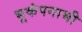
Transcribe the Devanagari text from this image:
भूकंपनाभी